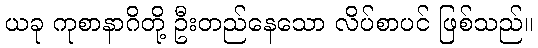
ယခု ကုစာနာဂိတို့ ဦးတည်နေသော လိပ်စာပင် ဖြစ်သည်။